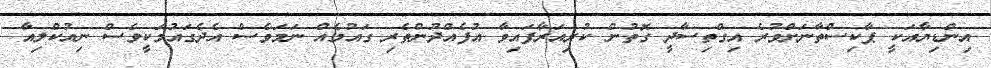
އިންޑިޔާއަކީ ޕާކިސްތާނަށްވުރެ އިގްތިސާދީ ގޮތުން ކުރިއަރާފައިވާ އުފެއްދުންތެރި ގައުމެއް ނަމަވެސް އެދެގައުމަކީވެސް ނިއުކްލިއާ